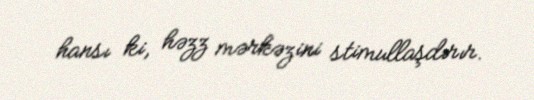
hansı ki, həzz mərkəzini stimullaşdırır.